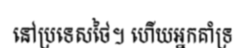
នៅប្រទេសថៃ។ ហើយអ្នកគាំទ្រ